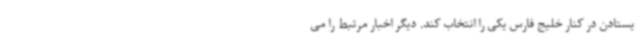
یستادن در کنار خلیج فارس یکی را انتخاب کند. دیگر اخبار مرتبط را می